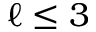
\ell \leq 3